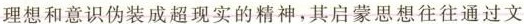
理想和意识伪装成超现实的精神，其启蒙思想往往通过文